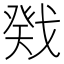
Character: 戣